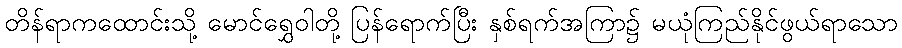
တိန်ရာကထောင်းသို့ မောင်ရွှေဝါတို့ ပြန်ရောက်ပြီး နှစ်ရက်အကြာ၌ မယုံကြည်နိုင်ဖွယ်ရာသော